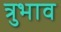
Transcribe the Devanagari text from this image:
त्रुभाव